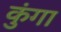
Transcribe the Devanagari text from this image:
कुंगा